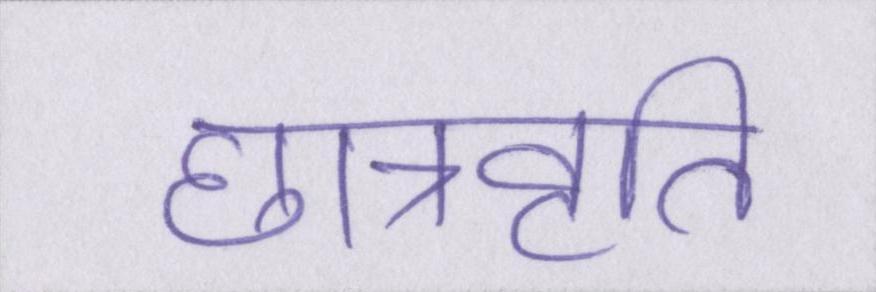
छात्रवृति